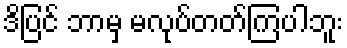
ဒိပြင် ဘာမှ မလုပ်တတ်ကြပါဘူး